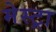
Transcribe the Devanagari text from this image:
मेस्ट्रा